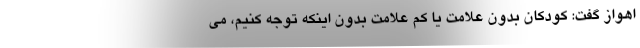
اهواز گفت: کودکان بدون علامت یا کم علامت بدون اینکه توجه کنیم، می